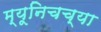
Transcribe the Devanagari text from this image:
म्यूनिचच्या